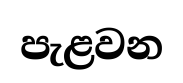
පැළවන